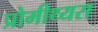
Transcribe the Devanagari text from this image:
प्रोमीथ्यस